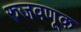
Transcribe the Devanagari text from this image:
रुजवणूक